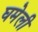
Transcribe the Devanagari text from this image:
घमेली